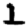
Digit: 1